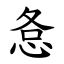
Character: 㤩